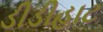
ડીડીહાટ